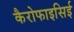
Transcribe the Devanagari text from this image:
कैरोफाइसिई